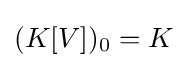
(K[V])_{0}=K